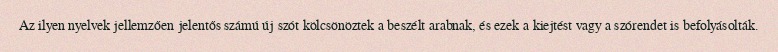
Az ilyen nyelvek jellemzően jelentős számú új szót kölcsönöztek a beszélt arabnak, és ezek a kiejtést vagy a szórendet is befolyásolták.